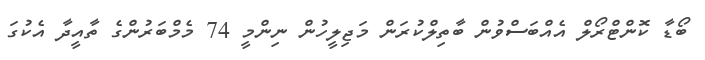
ބޯޑާ ކޮންޓްރޯލް އެއްބަސްވުން ބާތިލްކުރަން މަޖިލީހުން ނިންމީ 74 މެމްބަރުންގެ ތާއީދާ އެކުގަ